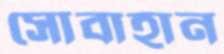
সোবাহান